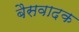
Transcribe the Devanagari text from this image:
बैसवादक